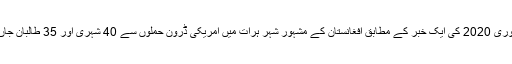
آج یعنی 10 جنوری 2020 کی ایک خبر کے مطابق افغانستان کے مشہور شہر ہرات میں امریکی ڈرون حملوں سے 40 شہری اور 35 طالبان جاں بحق ہوئے ہیں۔